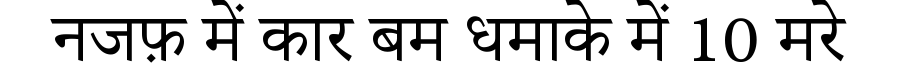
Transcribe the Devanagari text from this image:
नजफ़ में कार बम धमाके में 10 मरे